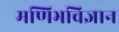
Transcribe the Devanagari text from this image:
मणिभविज्ञान